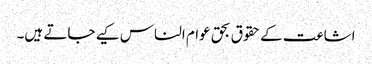
اشاعت کے حقوق بحق عوام الناس کیے جاتے ہیں۔